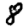
Digit: 8